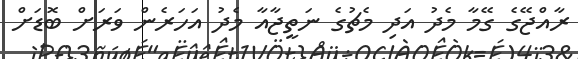
ރާއްޖޭގެ ގޭމާ މެދު އަދި މެޗުގެ ނަތީޖާއާ މެދު އަހަރެން ވަރަށް ބޮޑަށް